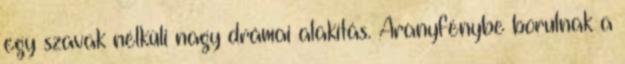
egy szavak nélküli nagy drámai alakítás. Aranyfénybe borulnak a